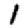
Digit: 1